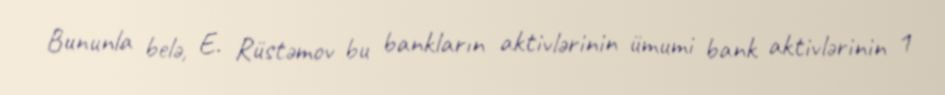
Bununla belə, E. Rüstəmov bu bankların aktivlərinin ümumi bank aktivlərinin 1